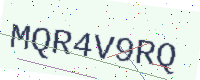
Text: MQR4V9RQ